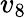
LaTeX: v_{8}